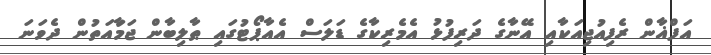
އަފްޣާން ރެފިއުޖިއަކާއި އޭނާގެ ދަރިފުޅު އެމެރިކާގެ ޑަލަސް އެއާޕޯޓުގައި ޠާލިބާން ޖަމާައަތުން ދެވަނަ